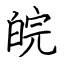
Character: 皖